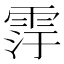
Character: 䨕